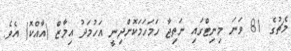
މެޗުގެ 81 ވަނަ މިނިޓްގައި ނަތިޖާ ހަމަހަމަކޮށްދިނީ އަހުމަދު އިމާޒް (އާއްކޮ) އެވެ.